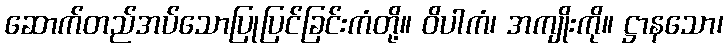
ဆောက်တည်အပ်သောပြုပြင်ခြင်းကံတို့။ ဝိပါကံ၊ အကျိုးကို။ ဋ္ဌာနသော၊